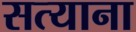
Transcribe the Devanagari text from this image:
सत्याना